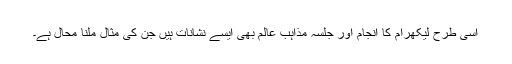
اسی طرح لیکھرام کا انجام اور جلسہ مذاہب عالم بھی ایسے نشانات ہیں جن کی مثال ملنا محال ہے۔